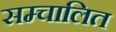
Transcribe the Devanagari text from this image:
सम्चालित